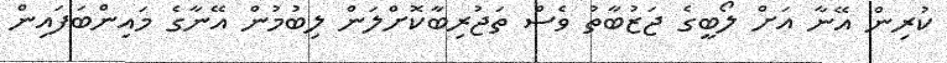
ކުރިން އޭނާ އަށް ލޯބީގެ ޖަޒުބާތު ވެސް ތަޖުރިބާކޮށްލަން ލިބުމުން އޭނާގެ މައިންބަފައިން